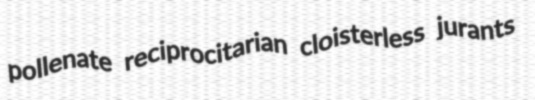
pollenate reciprocitarian cloisterless jurants